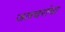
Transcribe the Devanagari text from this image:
जलचरांचा